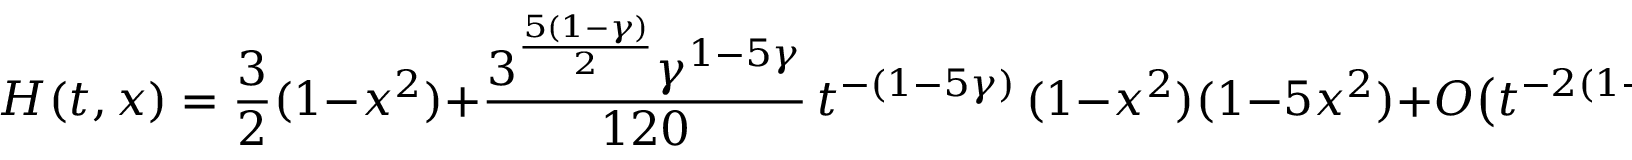
H ( t , x ) = \frac 3 2 ( 1 - x ^ { 2 } ) + \frac { 3 ^ { \frac { 5 ( 1 - \gamma ) } { 2 } } \gamma ^ { 1 - 5 \gamma } } { 1 2 0 } \, t ^ { - ( 1 - 5 \gamma ) } \, ( 1 - x ^ { 2 } ) ( 1 - 5 x ^ { 2 } ) + O \big ( t ^ { - 2 ( 1 - 5 \gamma ) } \big )